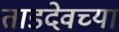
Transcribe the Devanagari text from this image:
ताडदेवच्या